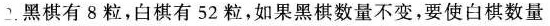
2.黑棋有8粒，白棋有52粒，如果黑棋数量不变，要使白棋数量